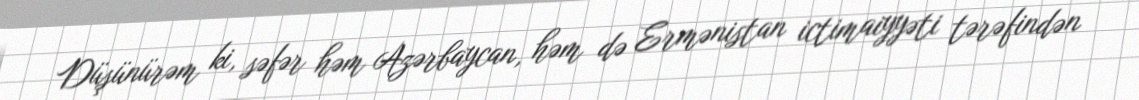
Düşünürəm ki, səfər həm Azərbaycan, həm də Ermənistan ictimaiyyəti tərəfindən